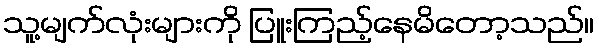
သူ့မျက်လုံးများကို ပြူးကြည့်နေမိတော့သည်။